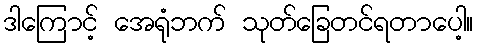
ဒါကြောင့် အေရုံဘက် သုတ်ခြေတင်ရတာပေါ့။